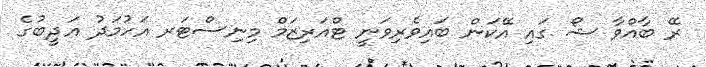
ރޭ ބާއްވާ ޝޯ ގައި އޭކަން ބައިވެރިވަނީ ޓްއަރިޒަމް މިނިސްޓަރ އަހުމަދު އަދީބުގެ